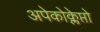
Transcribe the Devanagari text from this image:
अपेकोक्लेप्तो